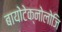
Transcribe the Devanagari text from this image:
बायोटेक्नोलोजि